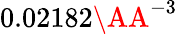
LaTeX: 0.02182\AA^{-3}